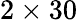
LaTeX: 2\times 30